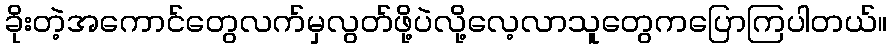
ခိုးတဲ့အကောင်တွေလက်မှလွတ်ဖို့ပဲလို့လေ့လာသူတွေကပြောကြပါတယ်။